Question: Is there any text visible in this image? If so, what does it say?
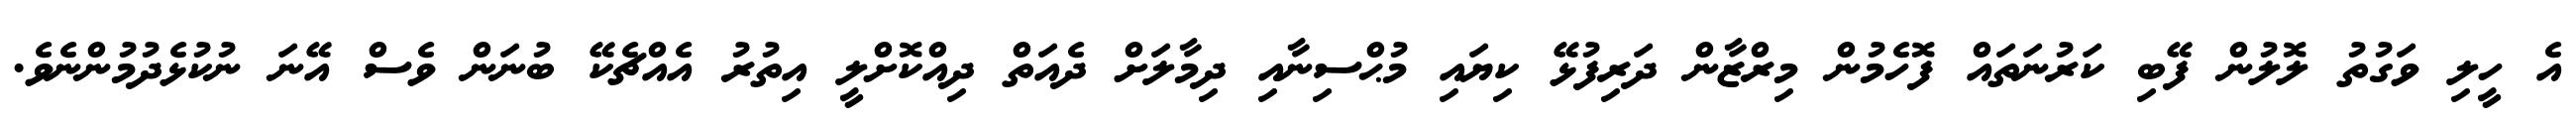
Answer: އެ ހީލި ވަގުތު ލޮލުން ފޭބި ކަރުނަތައް ފޮހެމުން މިރްޒާން ދަރިފުޅޭ ކިޔައި މުޙްސިނާއި ދިމާލަށް ދެއަތް ދިއްކޮށްލީ އިތުރު އެއްޗެކޭ ބުނަން ވެސް އޭނަ ނުކުޅެދުމުންނެވެ.